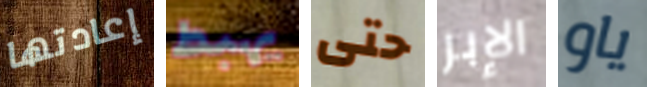
إعادتها يهبط حتى الإبر ياو